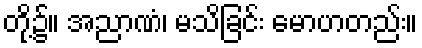
တို့၌။ အညာဏံ၊ မသိခြင်း မောဟတည်း။